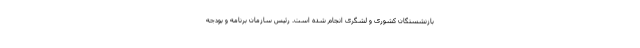
بازنشستگان کشوری و لشگری انجام شده است. رئیس سازمان برنامه و بودجه